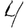
Digit: 4